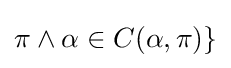
\pi \land \alpha \in C(\alpha ,\pi )\}